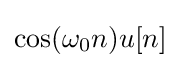
\cos(\omega _{0}n)u[n]